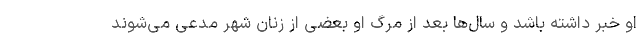
او خبر داشته باشد و سال‌ها بعد از مرگ او بعضی از زنان شهر مدعی می‌شوند